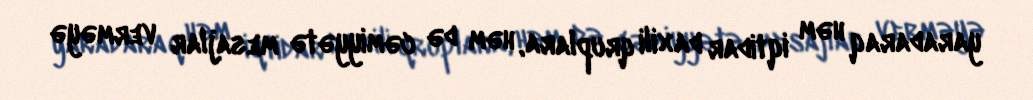
yaradaraq həm iqtidar daxili qruplara, həm də cəmiyyətə mesajlar verməyə